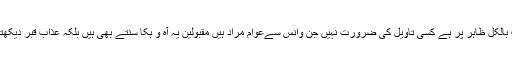
۱۷؎ حدیث بالکل ظاہر پر ہے کسی تاویل کی ضرورت نہیں جن وانس سےعوام مراد ہیں مقبولین یہ آہ و بکا سنتے بھی ہیں بلکہ عذاب قبر دیکھتے بھی ہیں۔